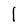
Character: l